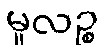
မူလဉ္စ